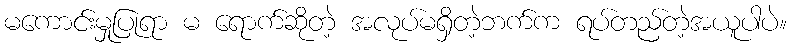
မကောင်းမှုပြုရာ မ ရောက်ဆိုတဲ့ အလုပ်မရှိတဲ့ဘက်က ရပ်တည်တဲ့အယူပါပဲ။